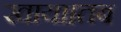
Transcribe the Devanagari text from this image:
खाया।तब